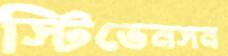
স্টিভেনসন